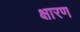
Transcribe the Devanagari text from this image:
क्षारण